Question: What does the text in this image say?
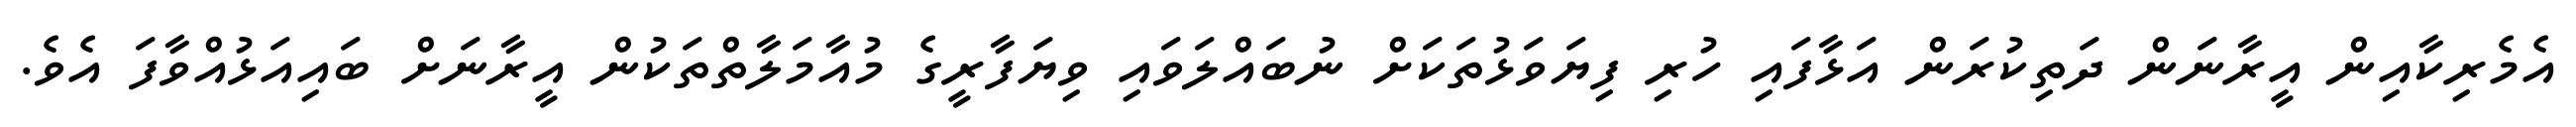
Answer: އެމެރިކާއިން އީރާނަން ދަތިކުރަން އަޅާފައި ހުރި ފިޔަވަޅުތަކަށް ނުބައްލަވައި ވިޔަފާރީގެ މުއާމަލާތްތަކުން އީރާނަށް ބައިއަޅުއްވާފަ އެވެ.